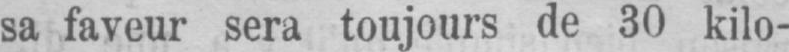
sa faveur sera toujours de 30 kilo-